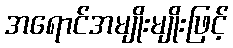
အရောင်အမျိုးမျိုးဖြင့်